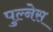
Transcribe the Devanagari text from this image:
पुल्नेस